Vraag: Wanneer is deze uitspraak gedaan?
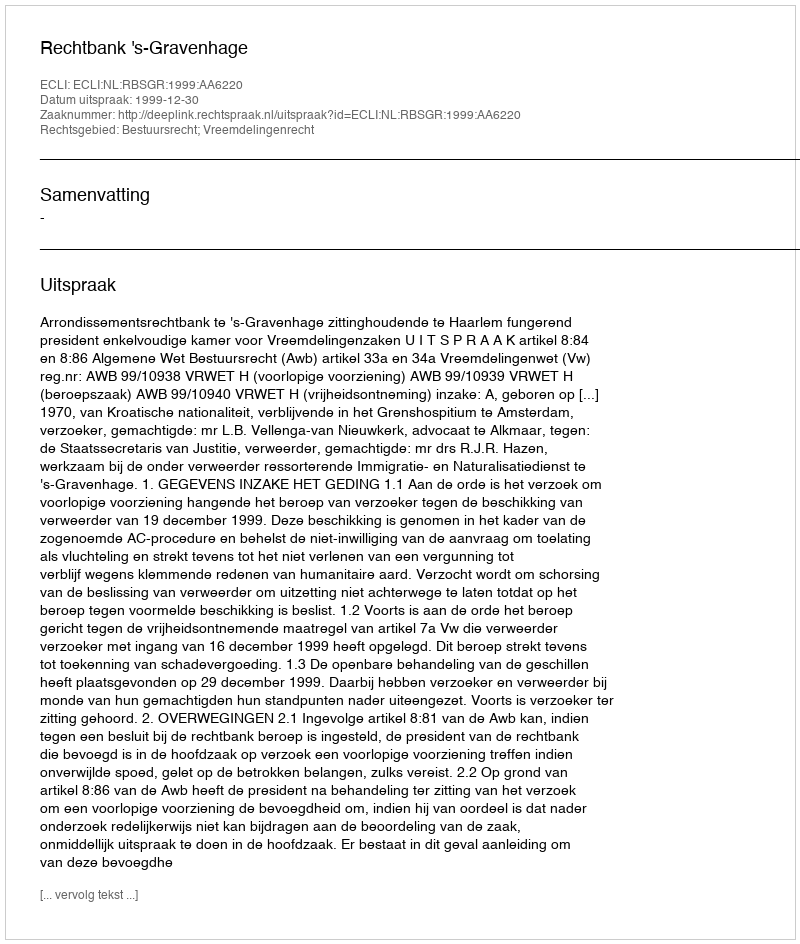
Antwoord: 1999-12-30